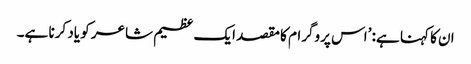
ان کا کہنا ہے: ’اس پروگرام کا مقصد ایک عظیم شاعر کو یاد کرنا ہے۔